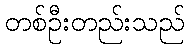
တစ်ဦးတည်းသည်